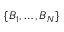
\{ B _ { 1 } , \dotsc , B _ { N } \}